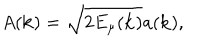
LaTeX: A ( { \bf k } ) = \sqrt { 2 E _ { \mu } ( { \bf k } ) } a ( { \bf k } ) ,